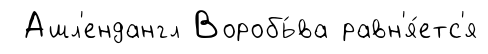
Ашл'ендангл Воробь́ва равн'я́етс'я